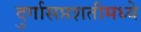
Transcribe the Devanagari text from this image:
दुर्गासप्तशतीमध्ये